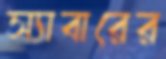
স্যাবারের